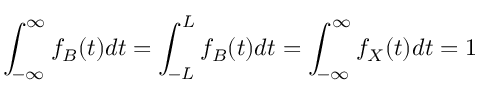
\int _ { - \infty } ^ { \infty } f _ { B } ( t ) d t = \int _ { - L } ^ { L } f _ { B } ( t ) d t = \int _ { - \infty } ^ { \infty } f _ { X } ( t ) d t = 1